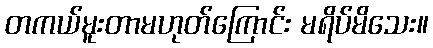
တကယ်မူးတာမဟုတ်ကြောင်း မရိပ်မိသေး။